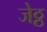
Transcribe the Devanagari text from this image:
जेठ्ठ